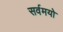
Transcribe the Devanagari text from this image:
सर्वमयो